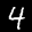
Label: 4